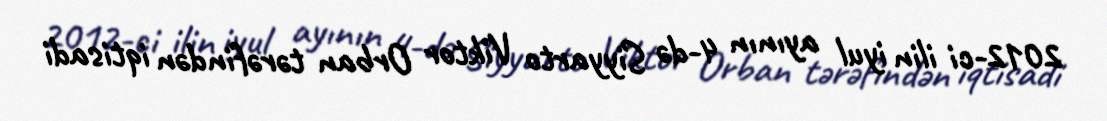
2012-ci ilin iyul ayının 4-də Siyyarto Viktor Orban tərəfindən iqtisadi